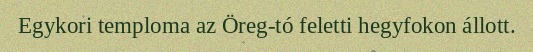
Egykori temploma az Öreg-tó feletti hegyfokon állott.